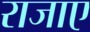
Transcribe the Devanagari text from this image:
राजाए